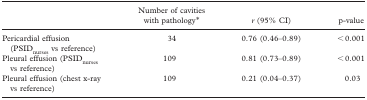
|  | Number of cavities with pathology∗ | r (95% CI) | p-value |
 | --- | --- | --- | --- |
 | Pericardial effusion (PSIDnurses vs reference) | 34 | 0.76 (0.46–0.89) | < 0.001 |
 | Pleural effusion (PSIDnurses vs reference) | 109 | 0.81 (0.73–0.89) | < 0.001 |
 | Pleural effusion (chest x-ray vs reference) | 109 | 0.21 (0.04–0.37) | 0.03 |